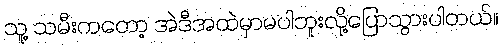
သူ့ သမီးကတော့ အဲဒီအထဲမှာမပါဘူးလို့ပြောသွားပါတယ်။